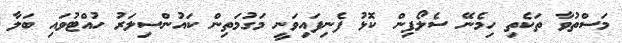
މަސްތުވާ ތަކެތި ހިމެނޭ ސެލޯފިން ކޮޅު ފެނިފައިވަނީ މަގުމަތިން ކައުންސިލަރު ހުއްޓުވައި ބަލާ